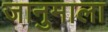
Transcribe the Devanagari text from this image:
जानुमाला